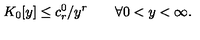
K _ { 0 } [ y ] \leq c _ { r } ^ { 0 } / y ^ { r } \qquad \forall 0 < y < \infty .